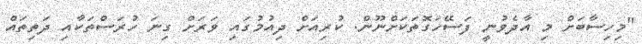
"މިހިސާބަށް މި އާދެވުނީ ފަސޭހަގޮތަކަށްނޫން. ކުރިއަށް ދިއުމުގައި ވަރަށް ގިނަ ހުރަސްތަކާއި ދަތިތައް